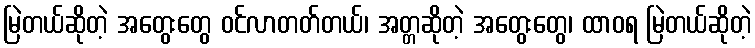
မြဲတယ်ဆိုတဲ့ အတွေးတွေ ဝင်လာတတ်တယ်၊ အတ္တဆိုတဲ့ အတွေးတွေ၊ ထာဝရ မြဲတယ်ဆိုတဲ့